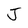
Character: J